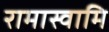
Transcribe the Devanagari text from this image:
रामास्वामि